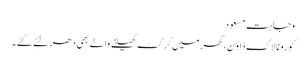
وجاہت مسعود
کورونا لاک ڈاؤ ن،گھر میں کرکٹ کھیلنے والے بھی دھر لئے گئے ۔